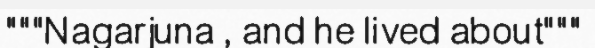
"""Nagarjuna , and he lived about"""